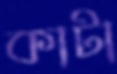
কাটা